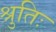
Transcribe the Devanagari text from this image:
श्रुतिः